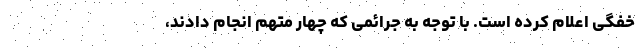
خفگی اعلام کرده است. با توجه به جرائمی که چهار متهم انجام دادند،